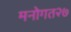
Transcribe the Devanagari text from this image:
मनोगत२७